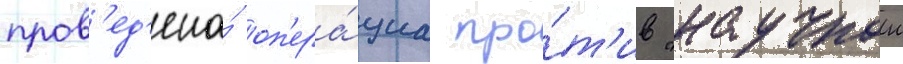
пров'ед'ена́ оп'ера́циа про́т'ив "научнои